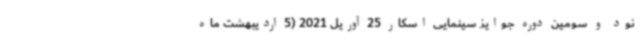
نود و سومین دوره جوایز سینمایی اسکار 25 آوریل 2021 (5 اردیبهشت ماه